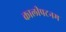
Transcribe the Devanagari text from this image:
कालीपटनम